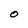
Character: O